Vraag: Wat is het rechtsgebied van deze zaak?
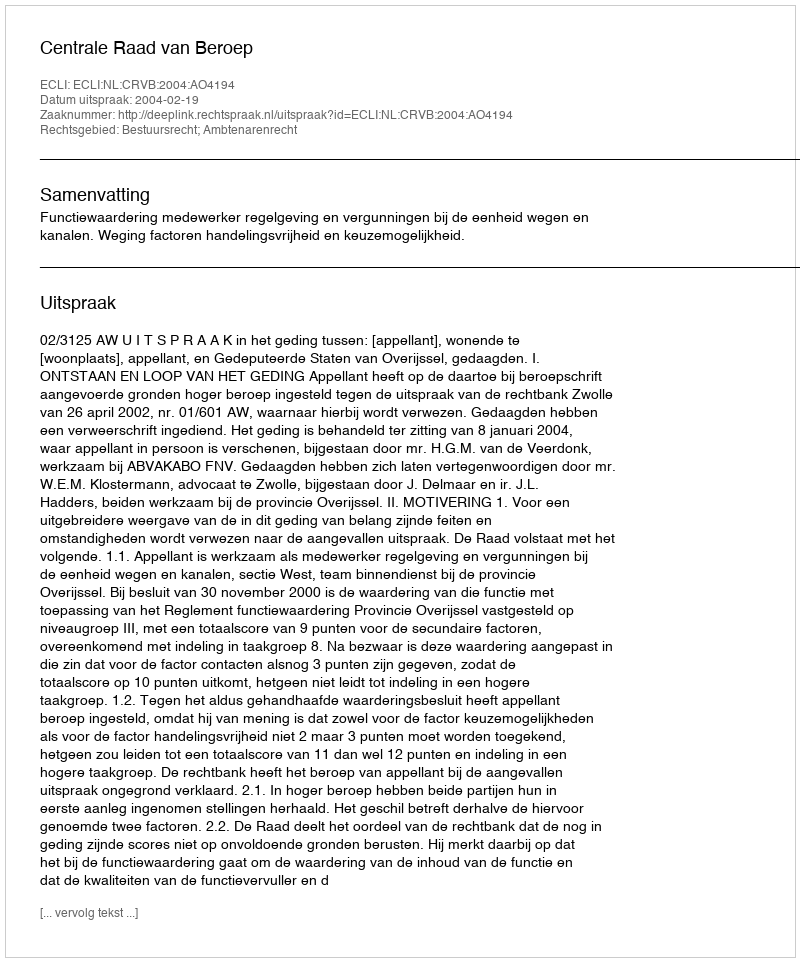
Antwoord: Bestuursrecht; Ambtenarenrecht